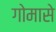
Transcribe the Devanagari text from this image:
गोमासे